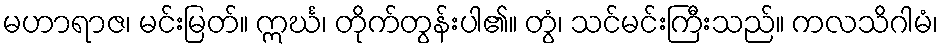
မဟာရာဇ၊ မင်းမြတ်။ ဣင်္ဃ၊ တိုက်တွန်းပါ၏။ တွံ၊ သင်မင်းကြီးသည်။ ကလသိဂါမံ၊